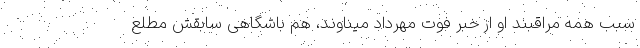
سبب همه مراقبند او از خبر فوت مهرداد میناوند، هم باشگاهی سابقش مطلع